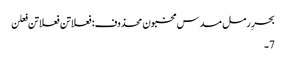
بحرِ رمل مسدس مخبون محذوف:فعلاتن فعلاتن فعلن
7۔